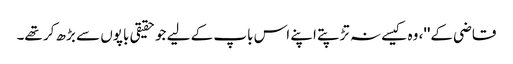
قاضی کے''، وہ کیسے نہ تڑپتے اپنے اس باپ کے لیے جو حقیقی باپوں سے بڑھ کر تھے۔